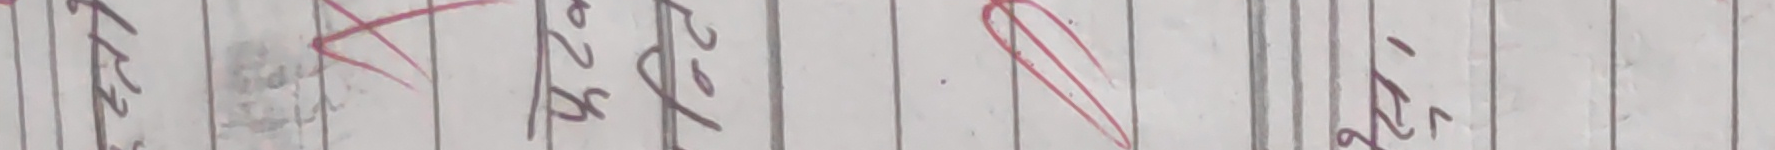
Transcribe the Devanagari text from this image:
ऐटं २८८